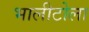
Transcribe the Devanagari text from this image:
भालीटोला